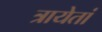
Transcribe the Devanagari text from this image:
त्रायेतां